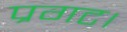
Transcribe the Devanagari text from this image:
प्रगट।